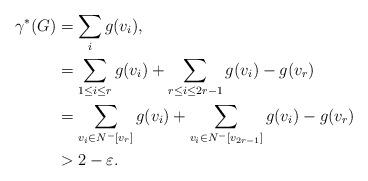
LaTeX: \begin{align*}\gamma^*(G)&=\sum_{i}g(v_i),\\&=\sum_{1\le i\le r}g(v_i)+\sum_{r\le i\le 2r-1}g(v_i)-g(v_r)\\&=\sum_{v_i\in N^-[v_r]}g(v_i)+\sum_{v_i\in N^-[v_{2r-1}]}g(v_i)-g(v_r)\\&> 2-\varepsilon.\end{align*}